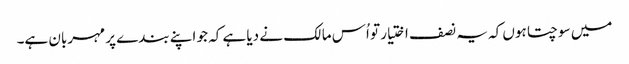
میں سوچتا ہوں کہ یہ نصف اختیار تو اُس مالک نے دیا ہے کہ جو اپنے بندے پر مہربان ہے۔